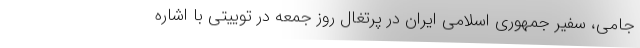
جامی، سفیر جمهوری اسلامی ایران در پرتغال روز جمعه در توییتی با اشاره